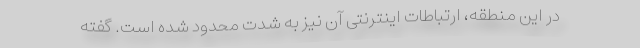
در این منطقه، ارتباطات اینترنتی آن نیز به شدت محدود شده است. گفته